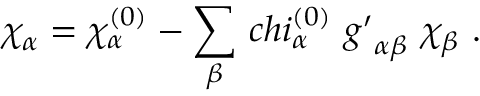
\chi _ { \alpha } = \chi _ { \alpha } ^ { ( 0 ) } - \sum _ { \beta } \, c h i _ { \alpha } ^ { ( 0 ) } \ { g ^ { \prime } } _ { \alpha \beta } \ \chi _ { \beta } \ .